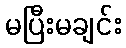
မပြီးမချင်း